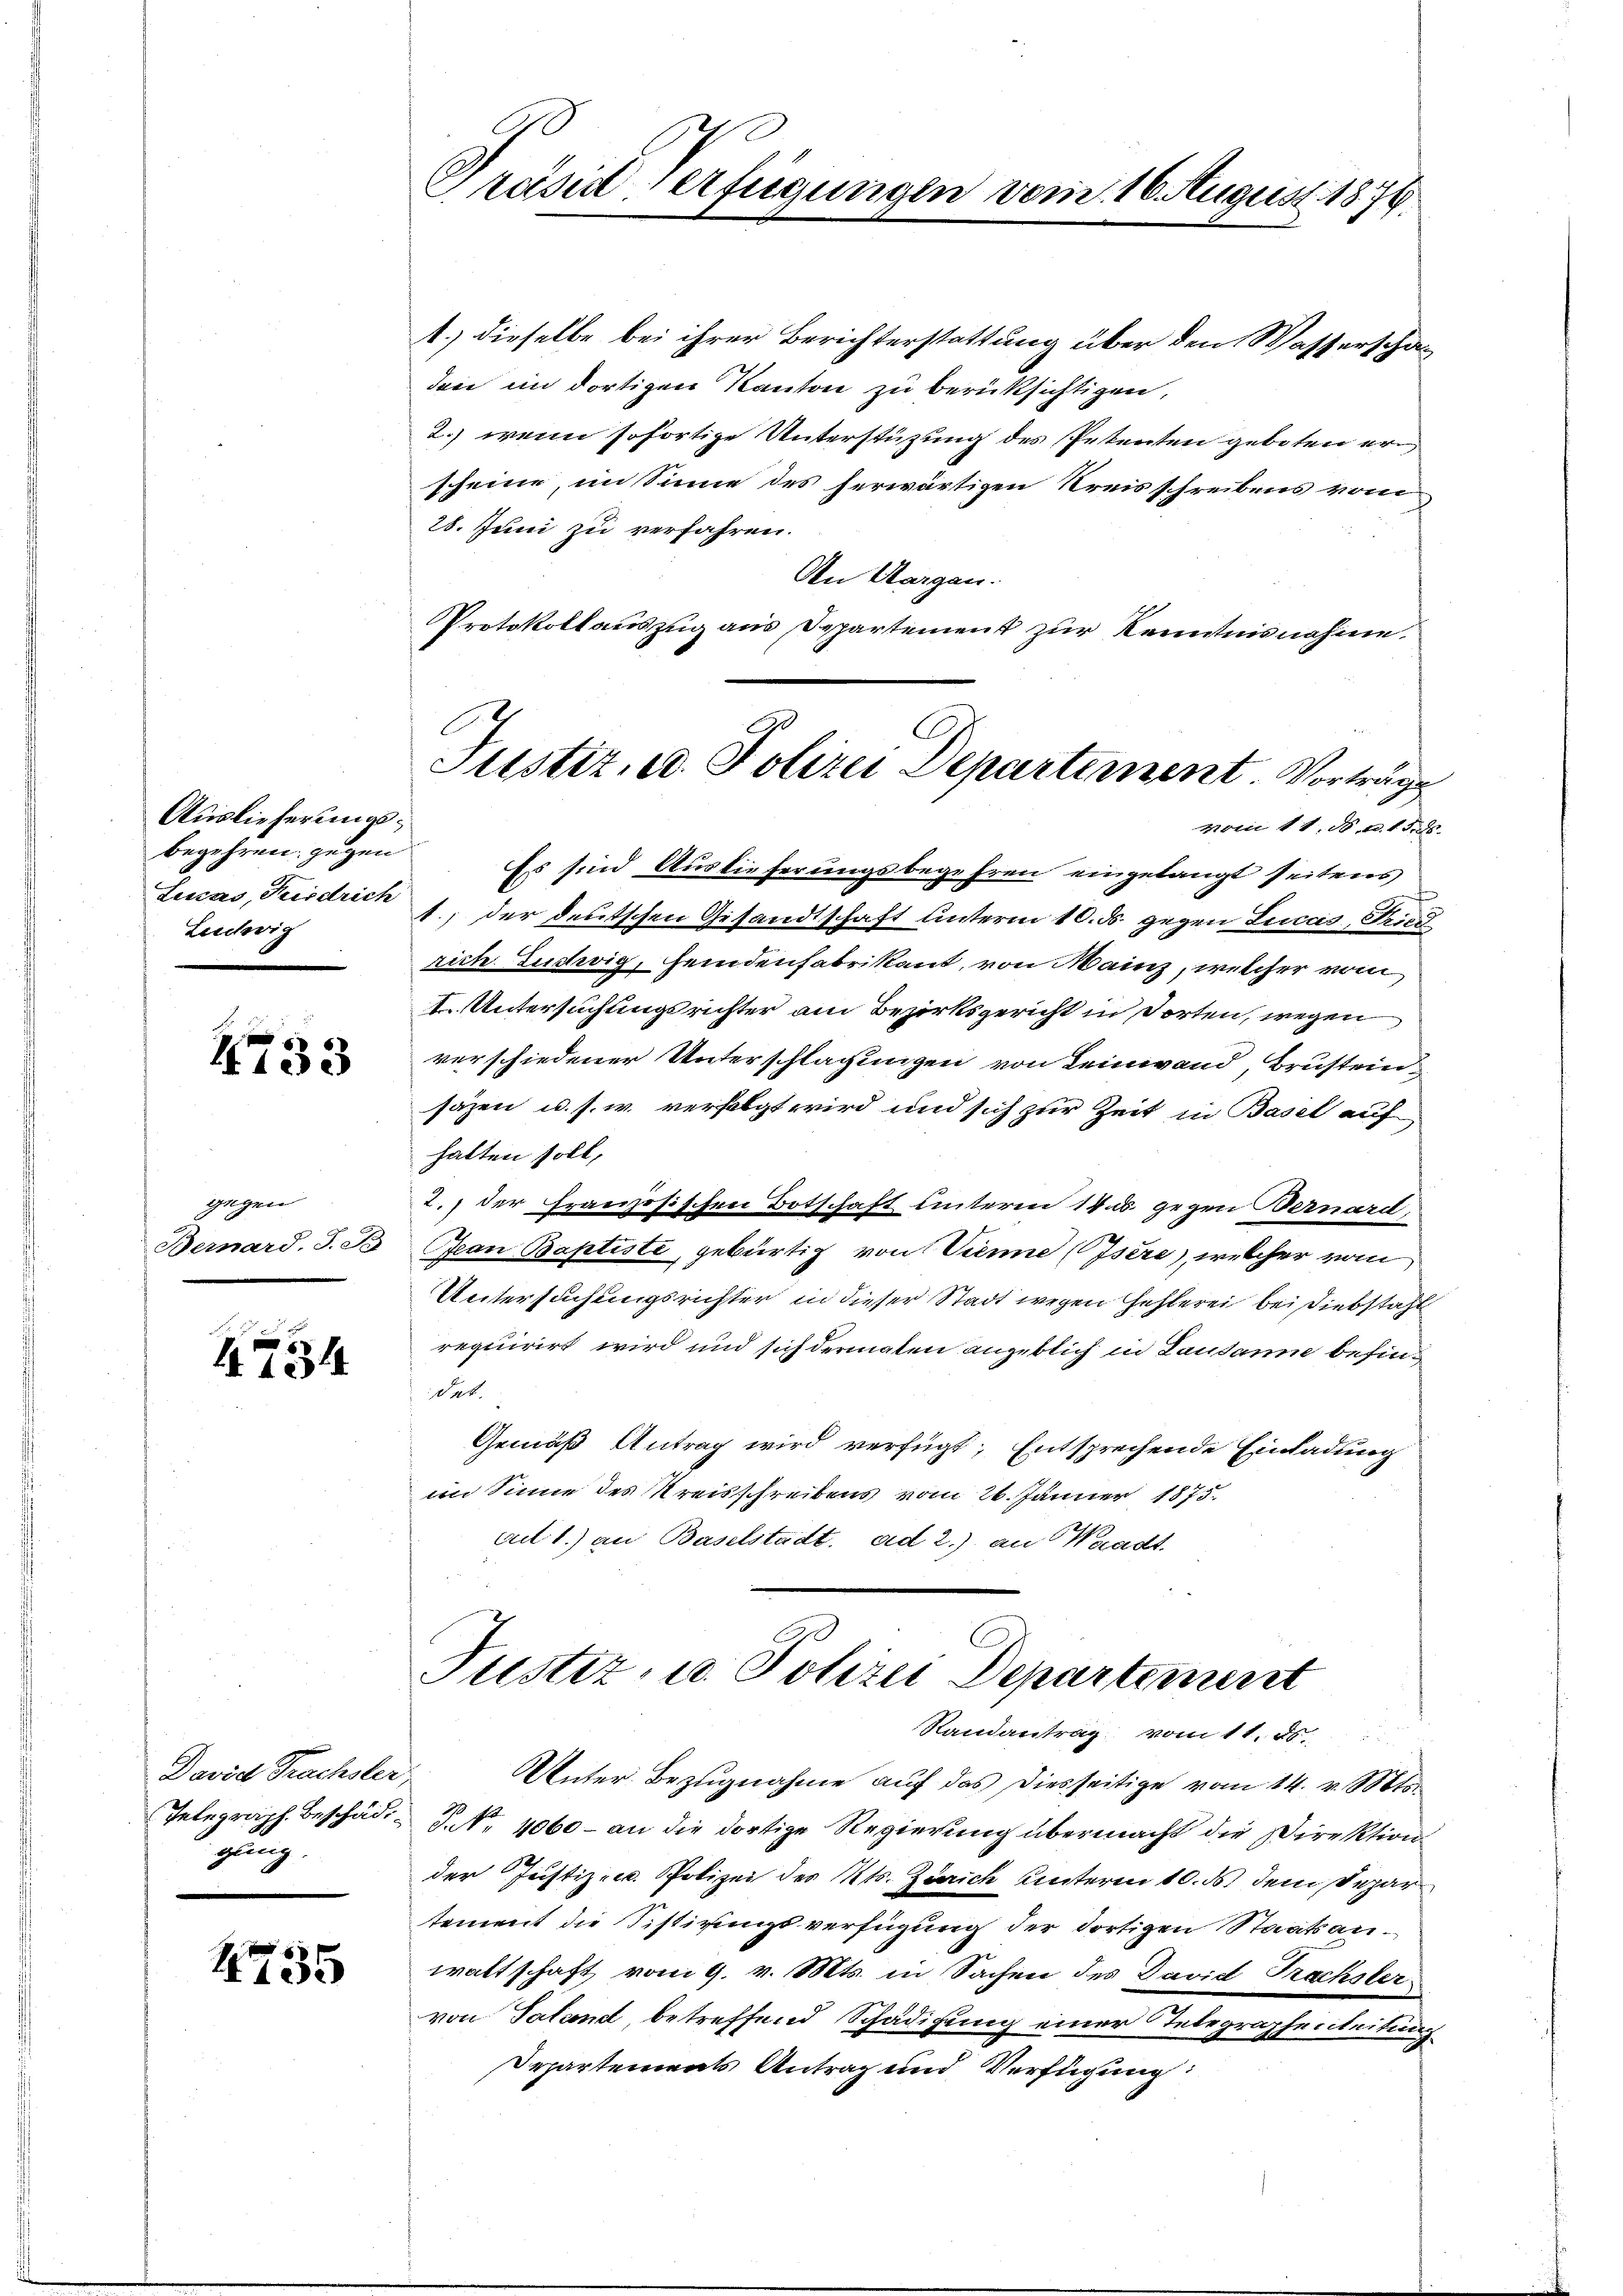
Auslieferungsbegehren, gegen
Lencas, Friedrich
Ludwig

4733

gegen
Bernard. S. S.

4734

David Trachsler,
Telegraph Beschädizug

4735

Präsid Verfügungen vom 16. August 1876.

1.) dieselbe bei ihrer Berichterstattung über den Wasserschaf
den im dortigen Kanton zu berücksichtigen,
2.) wenn sofortige Unterstützung des Petenten geboten er
scheine, im Sinne des herwärtigen Kreisschreibens vom
28. Juni zu verfahren.
Den Aargau.
Protokollauszug aus Departement zur Kenntnisnahme,
Es sind Auslieferungsbegehren eingelangt seitens
1., der deutschen Gesandtschaft unterm 10. ds. gegen Lucas, Fried
rich. Ludwig, feindenfabrikant, von Mainz, welcher vom
I. Untersuchungsrichter am Bezirksgericht in dorten, wegen
verschiedener Unterschlagungen von Leinwand, Brusteinsäzen u. s. w. verfolgt wird und sich zur Zeit in Basel auf
halten soll,
2. der Französischen Botschaft unteren 14 d. gegen Bernard,
an Baptiste, gebürtig von Wienne (Isere), welcher von
Untersuchungsrichter in dieser Stadt wegen Hehlerei bei Diebstahl
requirirt wird und sich dermalen angeblich in Lausanne befindet.
Gemäß Antrag wird verfügt, entsprechende Einladung
im Sinne des Kreisschreibens vom 26. Jänner 1875.
a 1.) an Baselstadt. ad 2.) an Waadt.

vom 11. N. a. 158.

C
Justiz, u. Polizei Departement. Vorträge

Justiz, u. Polizei Departement
Randantrag vom 11. ds.

Unter Bezugnahme aŭf das diesseitige vom 14. v. Mts.
P. Nr. 4060 - an die dortige Regierung übermacht die Direktion
der Justiz- u. Polizei des Kts. Zürich unterm 10. ds dem Depar
tement die Sistirungsverfügung der dortigen Staatsanwaltschaft vom 9. v. Mts. in Sachen des David Trachsler
von Taland, betreffend Schädigung einer Telegraphenleitung
Departements Antrag und Verfügung: